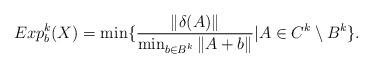
LaTeX: \begin{align*}Exp_b^k(X) = \min \{ \frac{\|\delta(A)\|}{\min_{b\in B^k}\|A+b\|} | A \in C^k \setminus B^k \}.\end{align*}